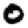
Digit: 0